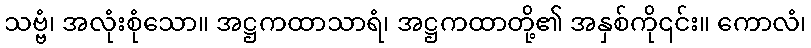
သဗ္ဗံ၊ အလုံးစုံသော။ အဋ္ဌကထာသာရံ၊ အဋ္ဌကထာတို့၏ အနှစ်ကို၎င်း။ ကောလံ၊